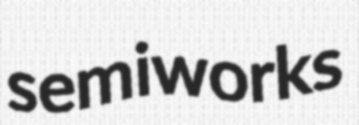
semiworks